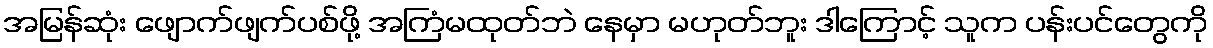
အမြန်ဆုံး ဖျောက်ဖျက်ပစ်ဖို့ အကြံမထုတ်ဘဲ နေမှာ မဟုတ်ဘူး ဒါကြောင့် သူက ပန်းပင်တွေကို